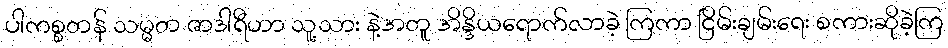
ပါကစ္စတန် သမ္မတ ဇာဒါရီဟာ သူ့သား နဲ့အတူ အိန္ဒိယရောက်လာခဲ့ ကြကာ ငြိမ်းချမ်းရေး စကားဆိုခဲ့ကြ